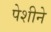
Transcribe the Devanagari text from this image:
पेशीने